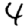
Digit: 4